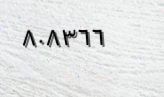
٨٠٨٣٦٦